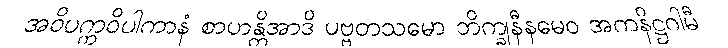
အဝိပက္ကဝိပါကာနံ စာဟန္တိအာဒိ ပဗ္ဗတသမော ဘိက္ခုနီနမေဝ အကနိဋ္ဌဂါမီ